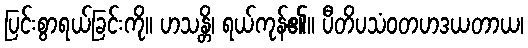
ပြင်းစွာရယ်ခြင်းကို။ ဟသန္တိ၊ ရယ်ကုန်၏။ ပီတိပသံဝတဟဒယတာယ၊